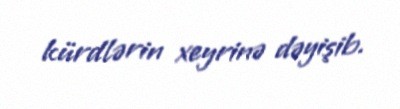
kürdlərin xeyrinə dəyişib.